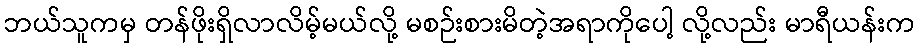
ဘယ်သူကမှ တန်ဖိုးရှိလာလိမ့်မယ်လို့ မစဉ်းစားမိတဲ့အရာကိုပေါ့ လို့လည်း မာရီယန်းက